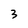
Character: 3